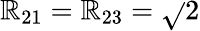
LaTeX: \mathbb{R}_{21}=\mathbb{R}_{23}=\sqrt{}{{2}}